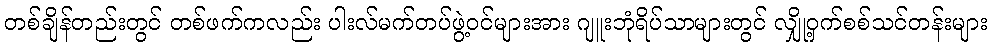
တစ်ချိန်တည်းတွင် တစ်ဖက်ကလည်း ပါးလ်မက်တပ်ဖွဲ့ဝင်များအား ဂျူးဘုံရိပ်သာများတွင် လျှို့ဝှက်စစ်သင်တန်းများ